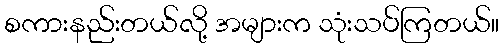
စကားနည်းတယ်လို့ အများက သုံးသပ်ကြတယ်။